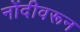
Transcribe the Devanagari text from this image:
नोंदीवरून